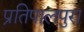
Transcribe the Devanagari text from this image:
प्रतिपालपुरा